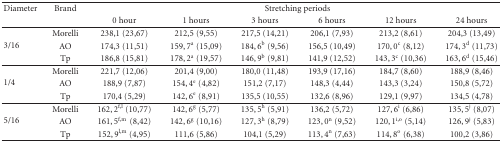
<table><thead><tr><td><b>Diameter</b></td><td><b>Brand</b></td><td colspan="6"><b>Stretching periods</b></td></tr><tr><td></td><td></td><td><b>0 hour</b></td><td><b>1 hours</b></td><td><b>3 hours</b></td><td><b>6 hours</b></td><td><b>12 hours</b></td><td><b>24 hours</b></td></tr></thead><tbody><tr><td rowspan="3">3/16</td><td>Morelli</td><td>238,1 (23,67)</td><td>212,5 (9,55)</td><td>217,5 (14,21)</td><td>206,1 (7,93)</td><td>213,2 (8,61)</td><td>204,3 (13,49)</td></tr><tr><td>AO</td><td>174,3 (11,51)</td><td>159,7<sup>a</sup> (15,09)</td><td>184,6<sup>b</sup> (9,56)</td><td>156,5 (10,49)</td><td>170,0<sup>c</sup> (8,12)</td><td>174,3<sup>d</sup> (11,73)</td></tr><tr><td>Tp</td><td>186,8 (15,81)</td><td>178,2<sup>a</sup> (19,57)</td><td>146,9<sup>b</sup> (9,81)</td><td>141,9 (12,52)</td><td>143,3<sup>c</sup> (10,36)</td><td>163,6<sup>d</sup> (15,46) </td></tr><tr><td rowspan="3">1/4</td><td>Morelli</td><td>221,7 (12,06)</td><td>201,4 (9,00)</td><td>180,0 (11,48)</td><td>193,9 (17,16)</td><td>184,7 (8,60)</td><td>188,9 (8,46)</td></tr><tr><td>AO</td><td>188,9 (7,87)</td><td>154,4<sup>e</sup> (4,82)</td><td>151,2 (7,17)</td><td>148,3 (4,44)</td><td>143,3 (3,24)</td><td>150,8 (5,72)</td></tr><tr><td>Tp</td><td>170,4 (5,29)</td><td>142,6<sup>e</sup> (8,91)</td><td>135,5 (10,55)</td><td>132,6 (8,96)</td><td>129,1 (9,97)</td><td>134,5 (4,78) </td></tr><tr><td rowspan="3">5/16</td><td>Morelli</td><td>162,2<sup>f,l</sup> (10,77)</td><td>142,6<sup>g</sup> (5,77)</td><td>135,5<sup>h</sup> (5,91)</td><td>136,2 (5,72)</td><td>127,6<sup>i</sup> (6,86)</td><td>135,5<sup>j</sup> (8,07)</td></tr><tr><td>AO</td><td>161,5<sup>f,m</sup>(8,42)</td><td>142,6<sup>g</sup> (10,16)</td><td>127,3<sup>h</sup> (8,79)</td><td>123,0<sup>n</sup> (9,52)</td><td>120,1<sup>i,o</sup> (5,14)</td><td>126,9<sup>j</sup> (5,83)</td></tr><tr><td>Tp</td><td>152,9<sup>l,m</sup> (4,95)</td><td>111,6 (5,86)</td><td>104,1 (5,29)</td><td>113,4<sup>n</sup> (7,63)</td><td>114,8<sup>o</sup> (6,38)</td><td>100,2 (3,86)</td></tr></tbody></table>